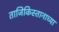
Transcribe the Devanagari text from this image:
ताजिकिस्तानाच्या